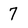
Character: 7